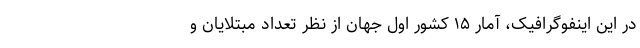
در این اینفوگرافیک، آمار ۱۵ کشور اول جهان از نظر تعداد مبتلایان و